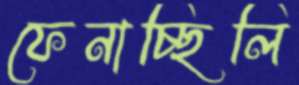
ফেনাচ্ছিলি